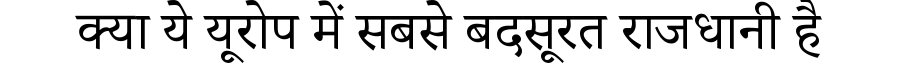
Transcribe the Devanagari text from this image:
क्या ये यूरोप में सबसे बदसूरत राजधानी है